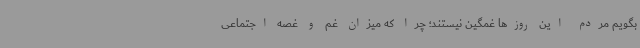
بگویم مردم این روزها غمگین نیستند؛ چرا که میزان غم و غصه اجتماعی